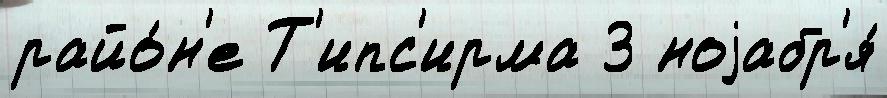
райо́н'е Т'ипс'ирма 3 ноjабр'я́